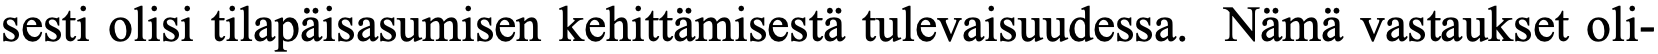
sesti olisi tilapäisasumisen kehittämisestä tulevaisuudessa. Nämä vastaukset oli-